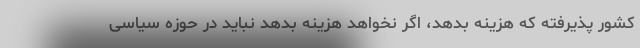
کشور پذیرفته که هزینه بدهد، اگر نخواهد هزینه بدهد نباید در حوزه سیاسی